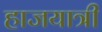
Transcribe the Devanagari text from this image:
हाजयात्री